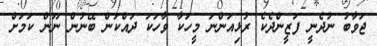
ޖަވާބު ނުދެނީ ފަޒީންދެކެ ރުޅިއަންނަ މީހަކާ ވާހަކަ ދައްކަން ބޭނުން ނޫން ކަމަށް